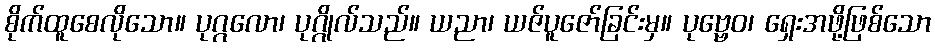
စိုက်ထူစေလိုသော။ ပုဂ္ဂလော၊ ပုဂ္ဂိုလ်သည်။ ယညာ၊ ယဇ်ပူဇော်ခြင်းမှ။ ပုဗ္ဗေဝ၊ ရှေးအဖို့ဖြစ်သော